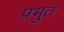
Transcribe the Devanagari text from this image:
प्रभुत